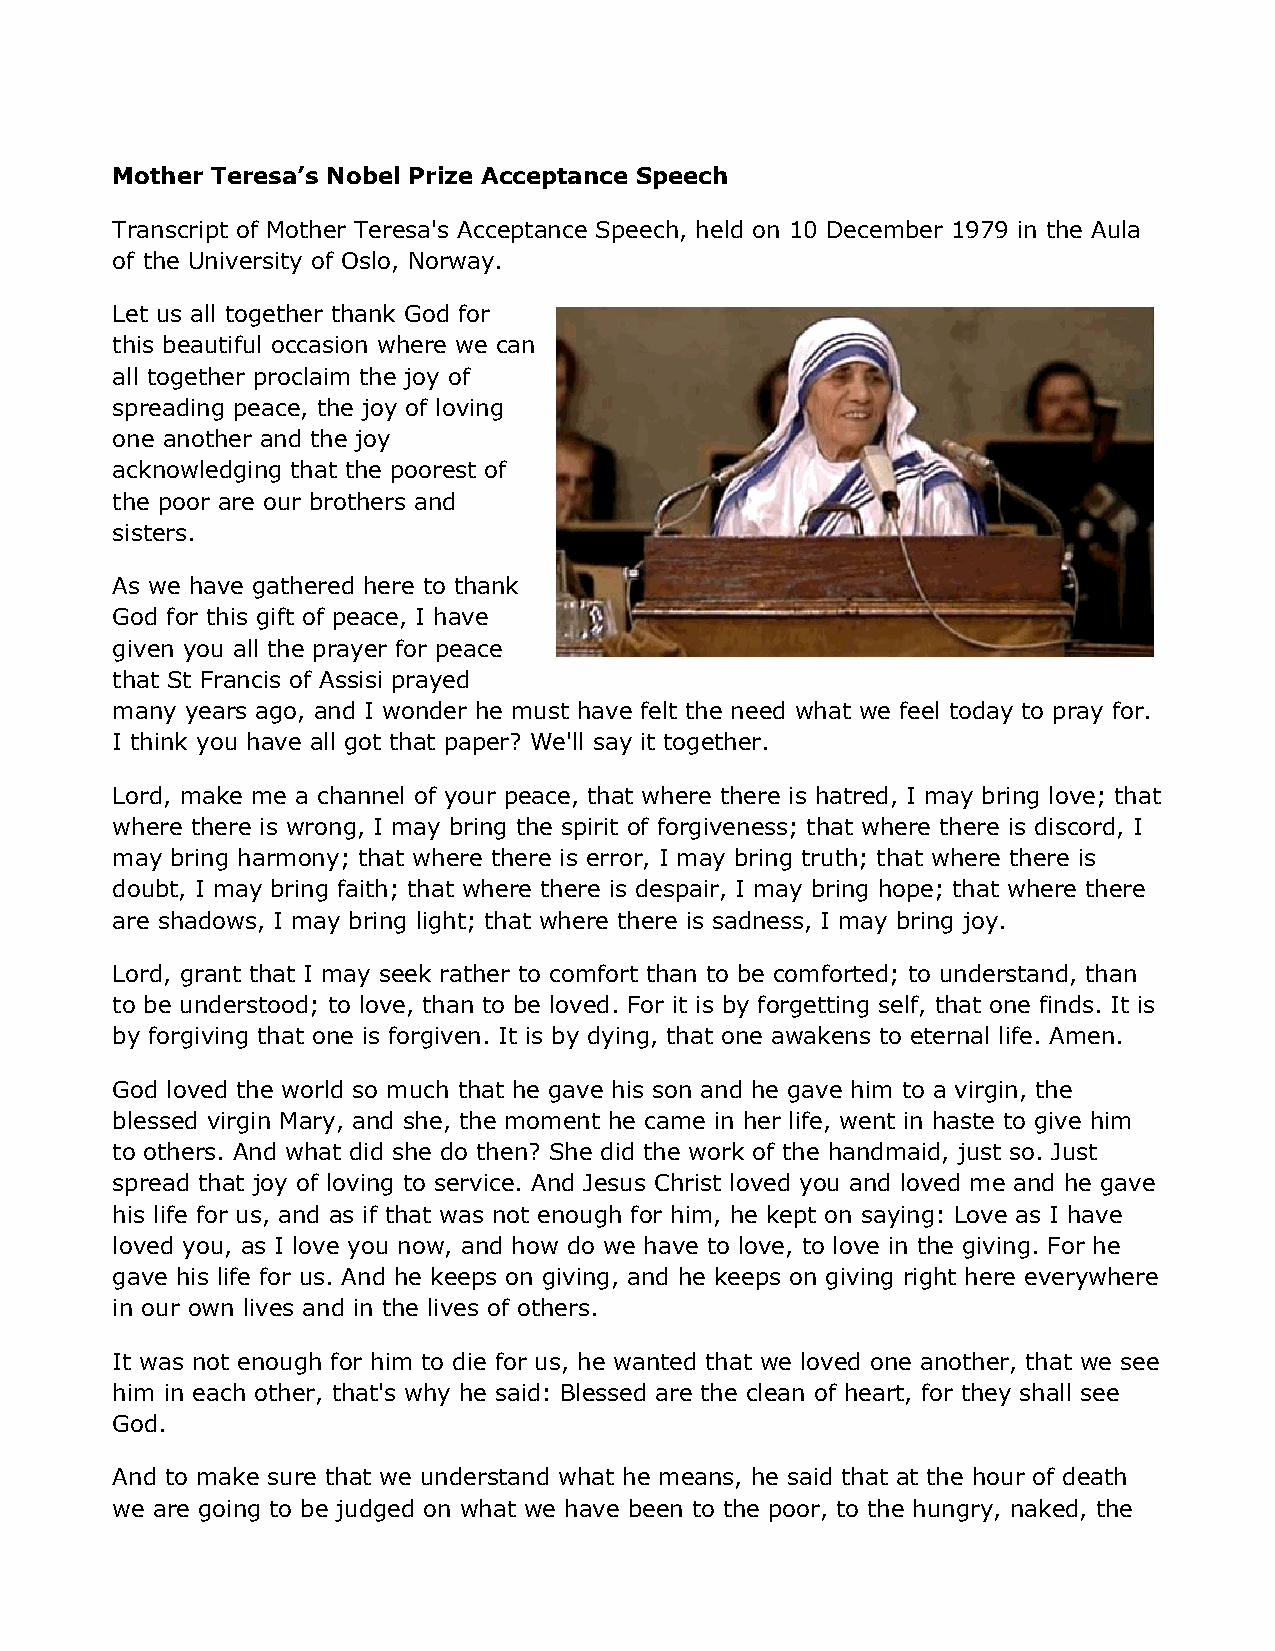
Mother Teresa’s Nobel Prize Acceptance Speech
 Transcript of Mother Teresa's Acceptance Speech, held on 10 December 1979 in the Aula
 of the University of Oslo, Norway.
 Let us all together thank God for
 this beautiful occasion where we can
 all together proclaim the joy of
 spreading peace, the joy of loving
 one another and the joy
 acknowledging that the poorest of
 the poor are our brothers and
 sisters.
 As we have gathered here to thank
 God for this gift of peace, I have
 given you all the prayer for peace
 that St Francis of Assisi prayed
 many years ago, and I wonder he must have felt the need what we feel today to pray for.
 I think you have all got that paper? We'll say it together.
 Lord, make me a channel of your peace, that where there is hatred, I may bring love; that
 where there is wrong, I may bring the spirit of forgiveness; that where there is discord, I
 may bring harmony; that where there is error, I may bring truth; that where there is
 doubt, I may bring faith; that where there is despair, I may bring hope; that where there
 are shadows, I may bring light; that where there is sadness, I may bring joy.
 Lord, grant that I may seek rather to comfort than to be comforted; to understand, than
 to be understood; to love, than to be loved. For it is by forgetting self, that one finds. It is
 by forgiving that one is forgiven. It is by dying, that one awakens to eternal life. Amen.
 God loved the world so much that he gave his son and he gave him to a virgin, the
 blessed virgin Mary, and she, the moment he came in her life, went in haste to give him
 to others. And what did she do then? She did the work of the handmaid, just so. Just
 spread that joy of loving to service. And Jesus Christ loved you and loved me and he gave
 his life for us, and as if that was not enough for him, he kept on saying: Love as I have
 loved you, as I love you now, and how do we have to love, to love in the giving. For he
 gave his life for us. And he keeps on giving, and he keeps on giving right here everywhere
 in our own lives and in the lives of others.
 It was not enough for him to die for us, he wanted that we loved one another, that we see
 him in each other, that's why he said: Blessed are the clean of heart, for they shall see
 God.
 And to make sure that we understand what he means, he said that at the hour of death
 we are going to be judged on what we have been to the poor, to the hungry, naked, the